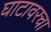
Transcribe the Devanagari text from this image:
घाटावरचा